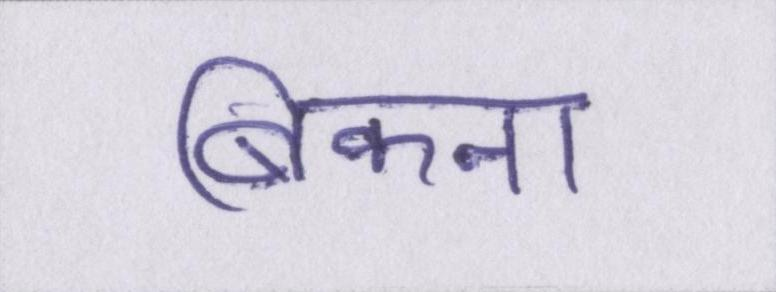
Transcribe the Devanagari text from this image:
बिकना